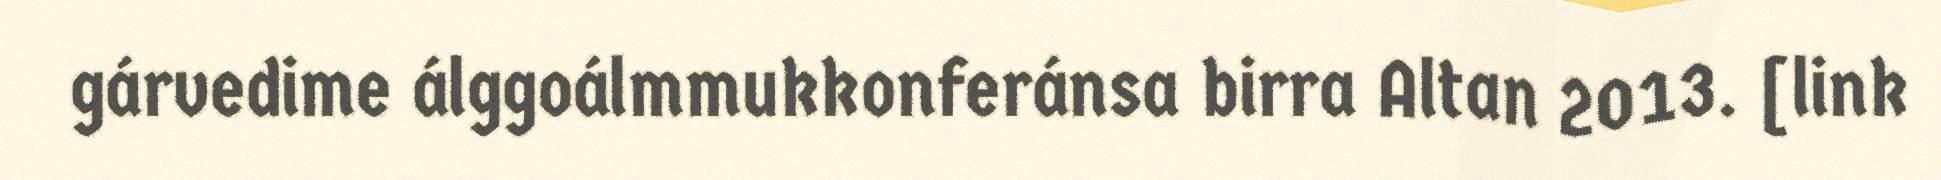
gárvedime álggoálmmukkonferánsa birra Altan 2013. [link